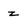
Character: z